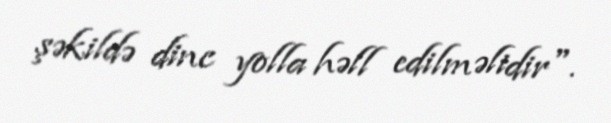
şəkildə dinc yolla həll edilməlidir".